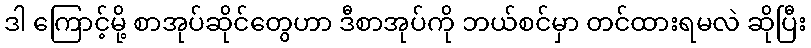
ဒါ ကြောင့်မို့ စာအုပ်ဆိုင်တွေဟာ ဒီစာအုပ်ကို ဘယ်စင်မှာ တင်ထားရမလဲ ဆိုပြီး